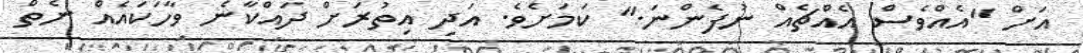
އަށް "އެއްވެސް އެއްޗެއް ނުފެންނަ." ކަމަށެވެ. އަދި އިތުރަށް ދައްކާނެ ވާހަކައެއް ނެތް